画像に写った文字を読んでください
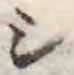
「シ」と書いてあります